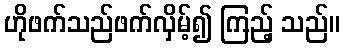
ဟိုဖက်သည်ဖက်လှိမ့်၍ ကြည့် သည်။